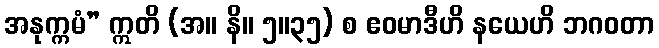
အနုက္ကမံ” ဣတိ (အ။ နိ။ ၅။၃၅) စ ဧဝမာဒီဟိ နယေဟိ ဘဂဝတာ